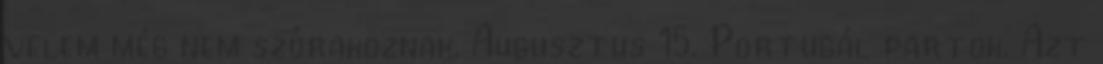
velem még nem szórakoznak. Augusztus 15. Portugál partok. Azt